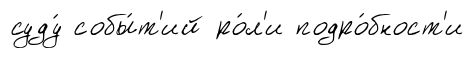
суду́ собы́т'ий ро́л'и подро́бност'и